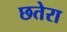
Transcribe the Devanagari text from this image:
छतेरा